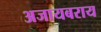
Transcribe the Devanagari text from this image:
अजायबराय